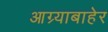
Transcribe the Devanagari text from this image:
आग्र्याबाहेर